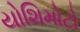
યોશિમોટો